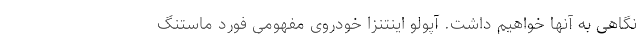
نگاهی به آنها خواهیم داشت. آپولو اینتنزا خودروی مفهومی فورد ماستنگ